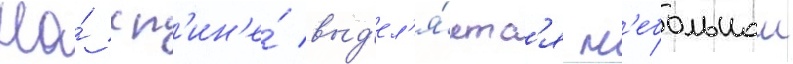
На́ сп'ин'е́ выд'ел'я́етс'я н'ебольшои